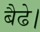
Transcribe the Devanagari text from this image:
बैढे।